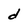
Character: d